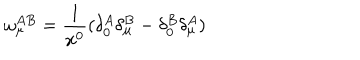
\omega _ { \mu } ^ { A B } = \frac { 1 } { x ^ { 0 } } ( \delta _ { 0 } ^ { A } \delta _ { \mu } ^ { B } - \delta _ { 0 } ^ { B } \delta _ { \mu } ^ { A } )